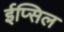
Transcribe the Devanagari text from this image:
ईप्सिल